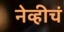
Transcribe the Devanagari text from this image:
नेव्हीचं